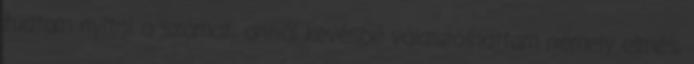
tudtam nyitni a számat; annál kevésbé válaszolhattam némely elmés,